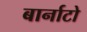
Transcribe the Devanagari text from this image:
बार्नाटो